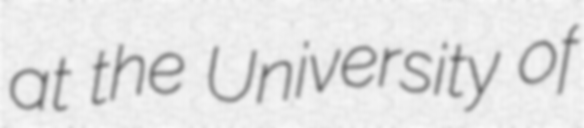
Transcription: at the University of